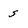
Character: s